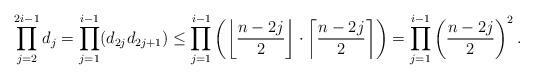
LaTeX: \begin{align*} \prod_{j=2}^{2i-1}d_j=\prod_{j=1}^{i-1}(d_{2j}d_{2j+1}) \leq \prod_{j=1}^{i-1}\left(\left\lfloor \frac{n-2j}{2}\right\rfloor \cdot \left\lceil \frac{n-2j}{2}\right\rceil\right) =\prod_{j=1}^{i-1}\left(\frac{n-2j}{2}\right)^2. \end{align*}